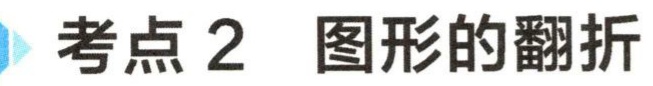
考点 2 图形的翻折